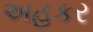
અહકર